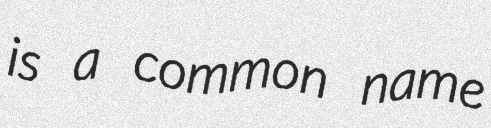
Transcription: is a common name